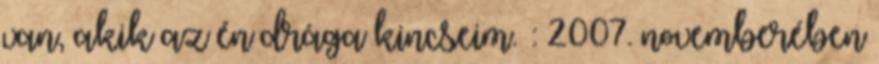
van, akik az én drága kincseim. : 2007. novemberében